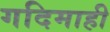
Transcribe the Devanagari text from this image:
गदिमाही